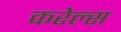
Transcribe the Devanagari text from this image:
करेल्स